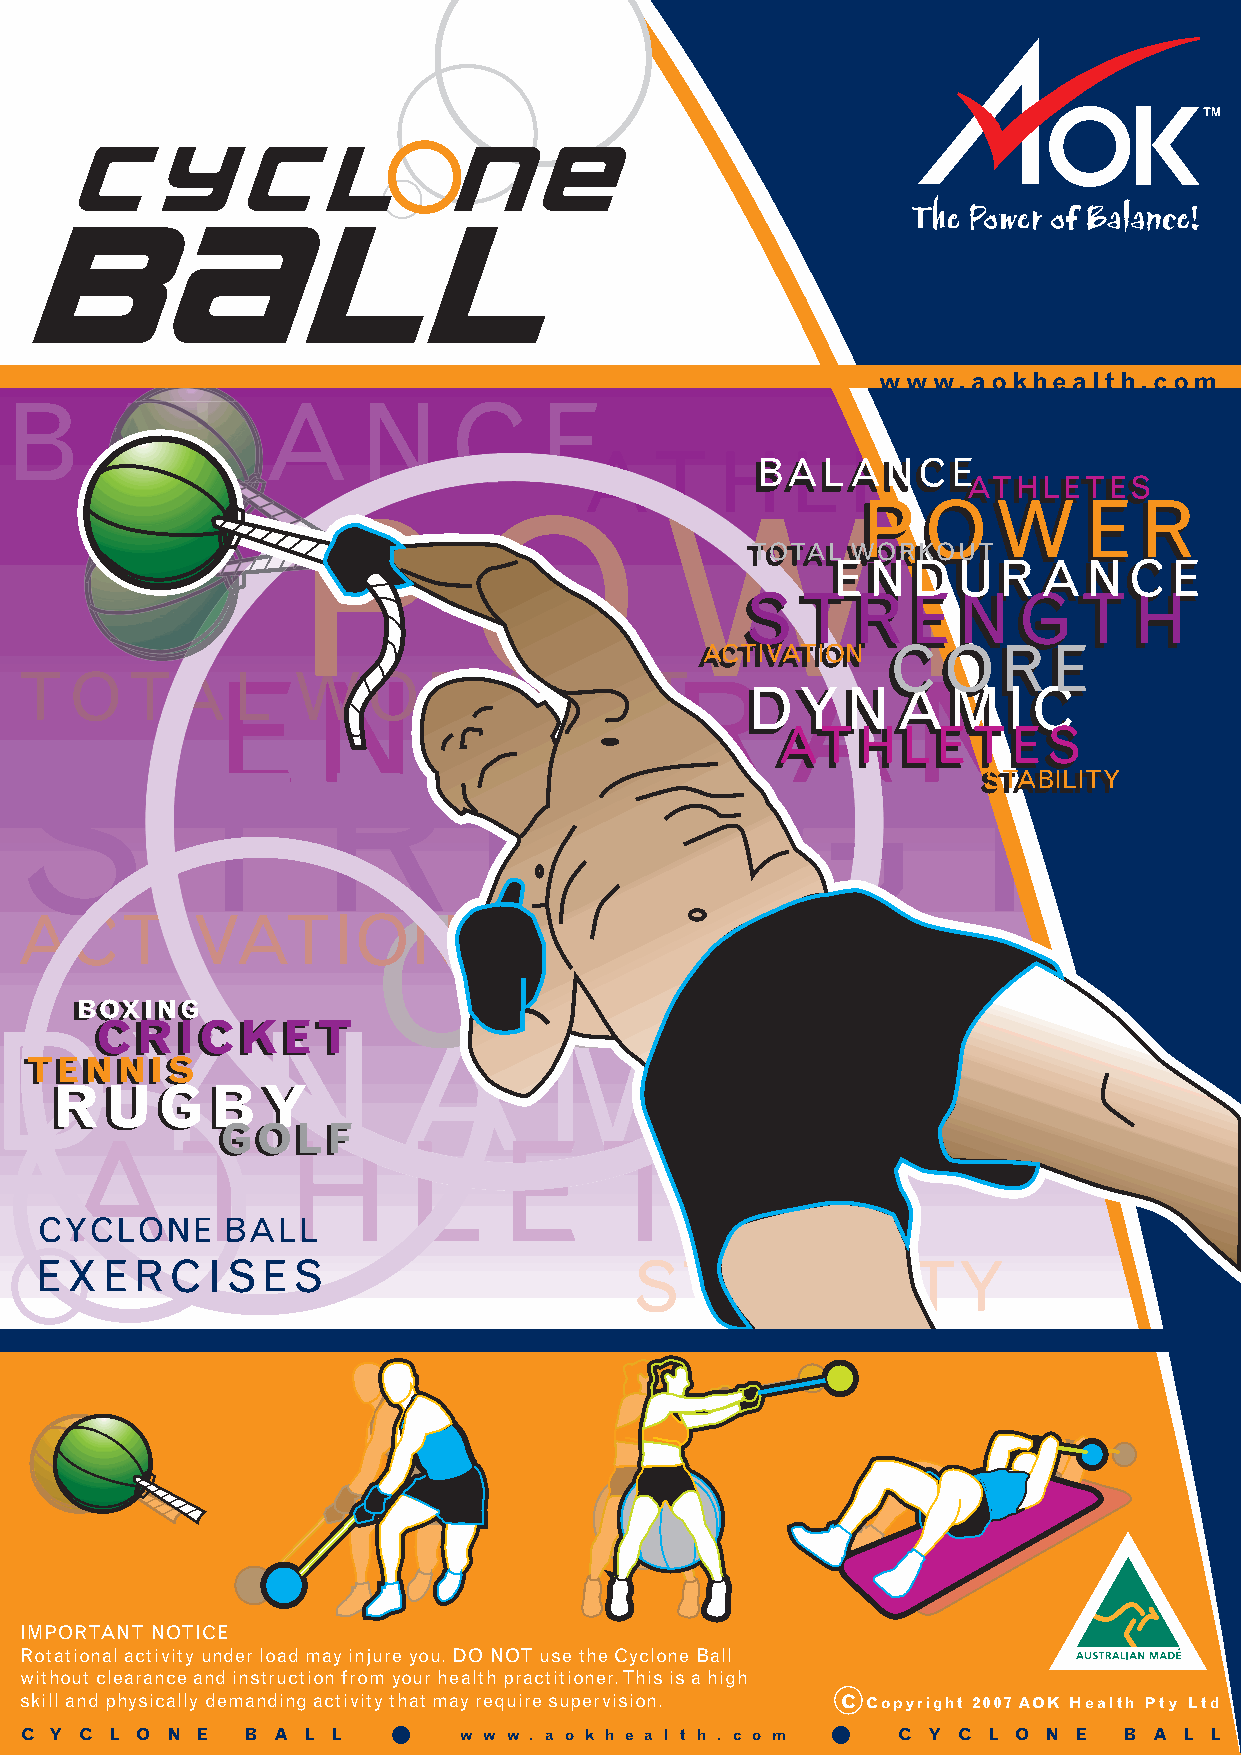
www.aokhealth.com
 B     A     L    A      N     C     E
 AT        H   L   E   T   E   S
 BBBAAALLLAAANNNCCCEEE
 AAATTTHHHLLLEEETTTEEESSS
 P           O
 WPPP             EOOOWWW   REEERRR
 TTTOOOTTTAAALLL WWWOOORRRKKKOOOUUUTTT
 EEENNNDDDUUURRRAAANNNCCCEEE
 SSSTTTRRREEENNNGGGTTTHHH
 AAACCCTTTIIIVVVAAATTTIIIOOONNN CCCOOORRREEE
 TOTAEL            WNO      RDKOUU         TR       A       N       C       E
 DDDYYYNNNAAAMMMIIICCC
 AAATTTHHHLLLEEETTTEEESSS
 S         T         R         E        N          G          T         H
 SSSTTTAAABBBIIILLLIIITTTYYY
 ACTIVATIOCN                      O          R        E
 BBOOXXIINNGG
 DCCYRRIICCKKNEETT         A         M         I    C
 TTEENNNNIISS
 RRUUGGBBYY
 GGOOLLFF
 AT             H       L     E     T       E     S
 STABILITY
 IMPORTANT NOTICE
 Rotational activity under load may injure you. DO NOT use the Cyclone Ball
 without clearance and instruction from your health practitioner. This is a high
 skill and physically demanding activity that may require supervision. C Copyright 2007 AOK Health Pty Ltd
 C Y C L O N E  B A L L   .   w w w . a o k h e a l t h . c o m . C Y C L O N E B A L L